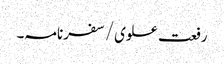
رفعت علوی/سفرنامہ۔